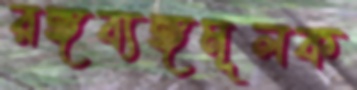
রঙ্গব্যঙ্গমূলক